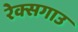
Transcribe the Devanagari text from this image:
रेक्सगाउ